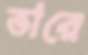
ভারে